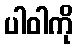
ပါဝါကို